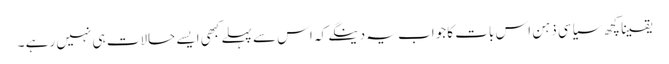
یقینا کچھ سیاسی ذہن اس بات کا جواب یہ دینگے کہ اس سے پہلے کبھی ایسے حالات ہی نہیں رہے ۔